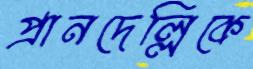
প্রানদেল্লিকে